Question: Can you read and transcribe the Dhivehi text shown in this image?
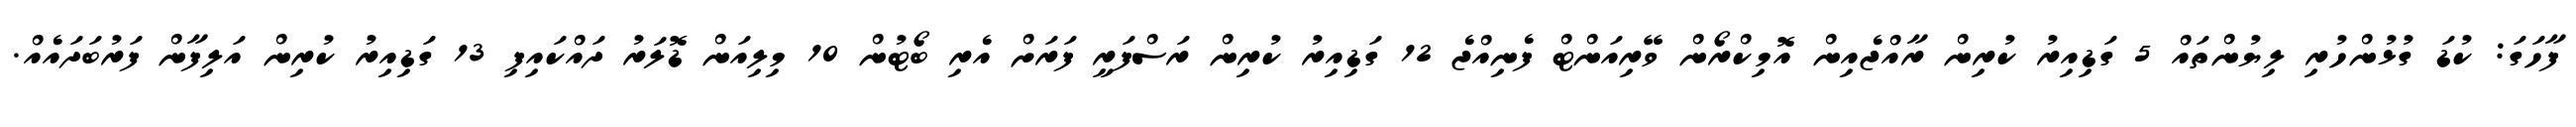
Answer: ފާހަގަ: ކުޑަ ގުޅުންހުރި ލިޔުންތައް 5 ގަޑިއިރު ކުރިން ރާއްޖެއިން އޮމިކްރޯން ވޭރިއަންޓް ފެނިއްޖެ 12 ގަޑިއިރު ކުރިން ރަސްފަރީ ފަރަށް އެރި ބޯޓުން 10 މިލިއަން ޑޮލަރު ދައްކައިފި 13 ގަޑިއިރު ކުރިން އަލިފާން ފަރުބަދައެއް.